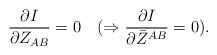
LaTeX: \begin{align*}{\partial I\over \partial Z_{AB}}=0\quad(\Rightarrow {\partial I\over \partial\bar Z^{AB}}=0).\end{align*}